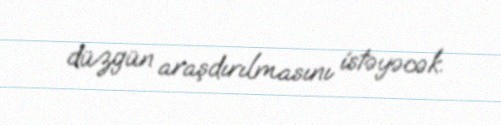
düzgün araşdırılmasını istəyəcək.